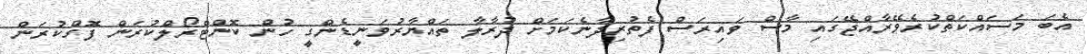
އެބަ މަސައްކަތްކުރެވޭރާއްޖޭގައި މާސް ވައިރަސް ފެތުރިދާނެކަމަށް ދުރާލާ ތައްޔާރުވަނީޑެންގީ ހުން ކޮންޓްރޯލްކުރަން ފޮގްކުރަން